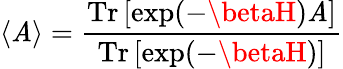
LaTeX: \langle\mathit{A}\rangle={\frac{{{\mathrm{{Tr}}}\, [\exp(-\betaH)\mathit{A}]}}{{{\mathrm{{Tr}}}\, [\exp(-\betaH)]}}}